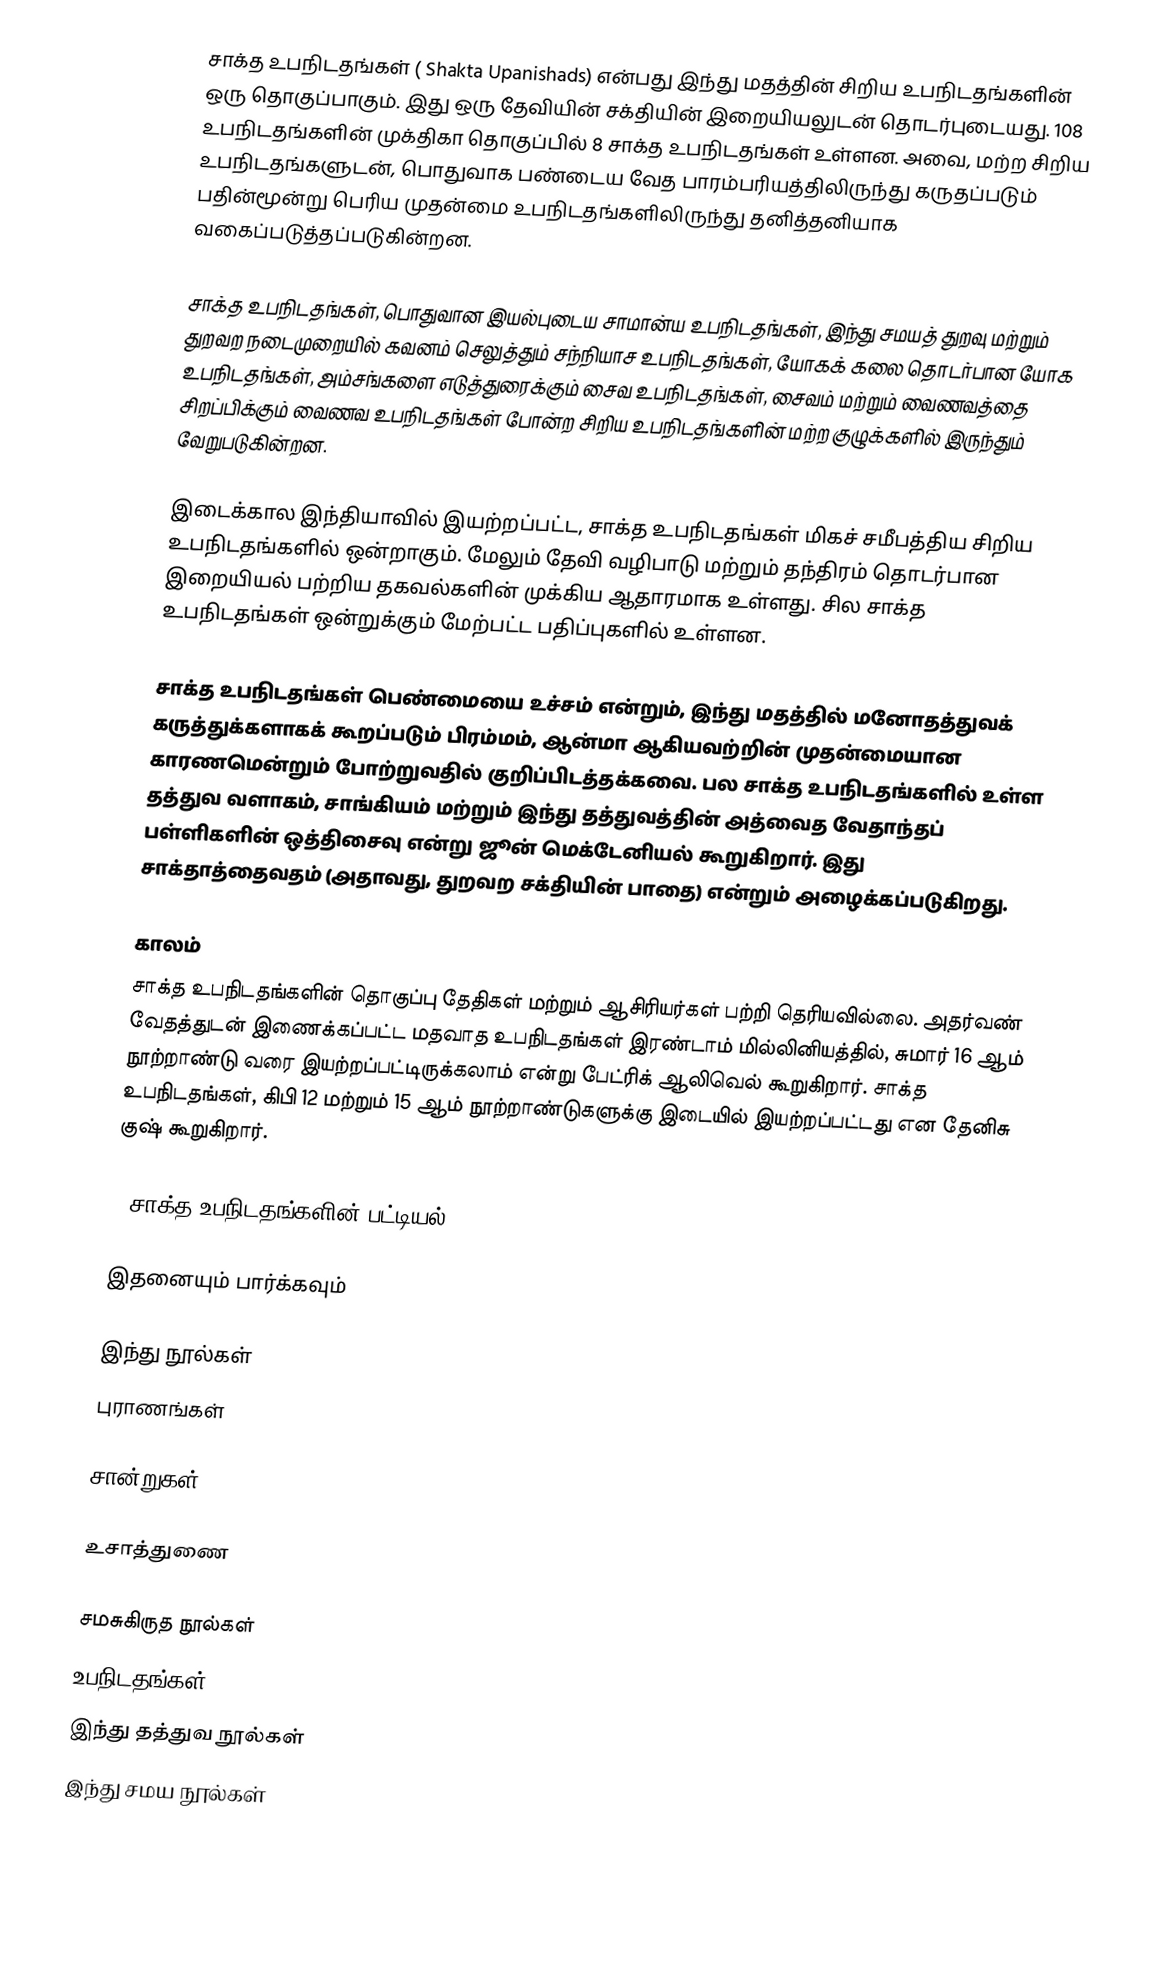
சாக்த உபநிடதங்கள் ( Shakta Upanishads)  என்பது இந்து மதத்தின் சிறிய உபநிடதங்களின் ஒரு தொகுப்பாகும். இது ஒரு  தேவியின் சக்தியின் இறையியலுடன் தொடர்புடையது. 108 உபநிடதங்களின் முக்திகா தொகுப்பில் 8 சாக்த உபநிடதங்கள் உள்ளன. அவை, மற்ற சிறிய உபநிடதங்களுடன், பொதுவாக பண்டைய வேத பாரம்பரியத்திலிருந்து கருதப்படும் பதின்மூன்று பெரிய முதன்மை உபநிடதங்களிலிருந்து தனித்தனியாக வகைப்படுத்தப்படுகின்றன.

சாக்த உபநிடதங்கள், பொதுவான இயல்புடைய சாமான்ய உபநிடதங்கள், இந்து சமயத் துறவு மற்றும் துறவற நடைமுறையில் கவனம் செலுத்தும் சந்நியாச உபநிடதங்கள், யோகக் கலை தொடர்பான யோக உபநிடதங்கள், அம்சங்களை எடுத்துரைக்கும் சைவ உபநிடதங்கள், சைவம் மற்றும் வைணவத்தை சிறப்பிக்கும் வைணவ உபநிடதங்கள் போன்ற சிறிய உபநிடதங்களின் மற்ற குழுக்களில் இருந்தும் வேறுபடுகின்றன.

இடைக்கால இந்தியாவில் இயற்றப்பட்ட, சாக்த உபநிடதங்கள் மிகச் சமீபத்திய சிறிய உபநிடதங்களில் ஒன்றாகும். மேலும் தேவி வழிபாடு மற்றும் தந்திரம் தொடர்பான இறையியல் பற்றிய தகவல்களின் முக்கிய ஆதாரமாக உள்ளது.   சில சாக்த உபநிடதங்கள் ஒன்றுக்கும் மேற்பட்ட பதிப்புகளில் உள்ளன.

சாக்த உபநிடதங்கள் பெண்மையை உச்சம் என்றும், இந்து மதத்தில் மனோதத்துவக் கருத்துக்களாகக் கூறப்படும் பிரம்மம், ஆன்மா ஆகியவற்றின் முதன்மையான காரணமென்றும்  போற்றுவதில் குறிப்பிடத்தக்கவை.   பல சாக்த உபநிடதங்களில் உள்ள தத்துவ வளாகம், சாங்கியம் மற்றும் இந்து தத்துவத்தின் அத்வைத வேதாந்தப் பள்ளிகளின் ஒத்திசைவு என்று ஜூன் மெக்டேனியல் கூறுகிறார். இது சாக்தாத்தைவதம் (அதாவது, துறவற சக்தியின் பாதை) என்றும் அழைக்கப்படுகிறது.

காலம்
சாக்த உபநிடதங்களின் தொகுப்பு தேதிகள் மற்றும் ஆசிரியர்கள் பற்றி தெரியவில்லை. அதர்வண் வேதத்துடன் இணைக்கப்பட்ட மதவாத உபநிடதங்கள் இரண்டாம் மில்லினியத்தில், சுமார் 16 ஆம் நூற்றாண்டு வரை இயற்றப்பட்டிருக்கலாம் என்று பேட்ரிக் ஆலிவெல் கூறுகிறார். சாக்த உபநிடதங்கள், கிபி 12 மற்றும் 15 ஆம் நூற்றாண்டுகளுக்கு இடையில் இயற்றப்பட்டது என தேனிசு குஷ் கூறுகிறார்.

8 சாக்த உபநிடதங்களின் பட்டியல்

இதனையும் பார்க்கவும்

 இந்து நூல்கள்
 புராணங்கள்

சான்றுகள்

உசாத்துணை

சமசுகிருத நூல்கள்
உபநிடதங்கள்
இந்து தத்துவ நூல்கள்
இந்து சமய நூல்கள்